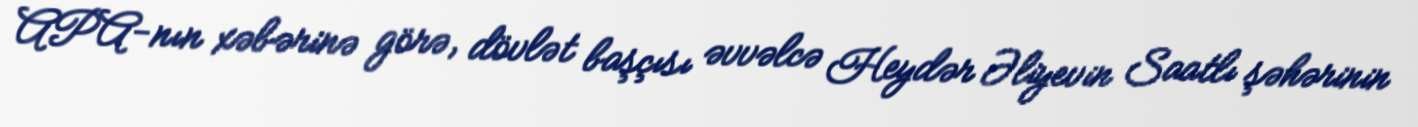
APA-nın xəbərinə görə, dövlət başçısı əvvəlcə Heydər Əliyevin Saatlı şəhərinin